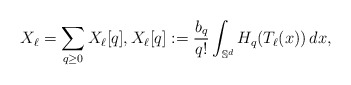
\begin{align*}X_\ell = \sum_{q\ge 0} X_\ell[q], X_\ell[q]:= \frac{b_q}{q!} \int_{\mathbb S^d} H_q(T_\ell(x))\,dx,\end{align*}